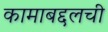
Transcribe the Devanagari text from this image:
कामाबद्दलची